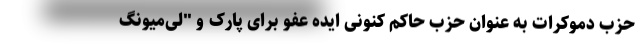
حزب دموکرات به عنوان حزب حاکم کنونی ایده عفو برای پارک و "لی‌میونگ